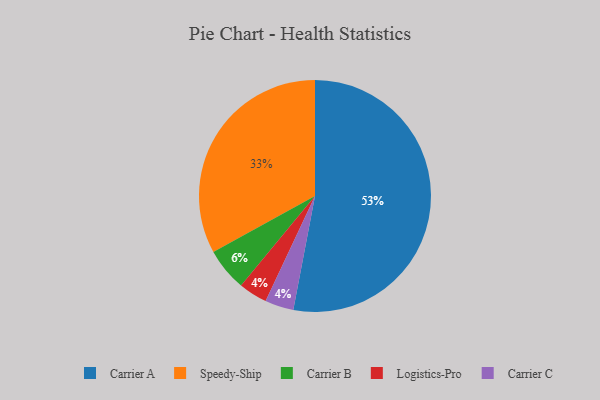
{"axis": {"x": "Category", "y": "Percentage"}, "legend": ["Carrier A", "Carrier B", "Carrier C", "Logistics-Pro", "Speedy-Ship"], "data": [{"x": "Logistics-Pro", "y": 4, "type": "Logistics-Pro"}, {"x": "Speedy-Ship", "y": 33, "type": "Speedy-Ship"}, {"x": "Carrier C", "y": 4, "type": "Carrier C"}, {"x": "Carrier B", "y": 6, "type": "Carrier B"}, {"x": "Carrier A", "y": 53, "type": "Carrier A"}]}